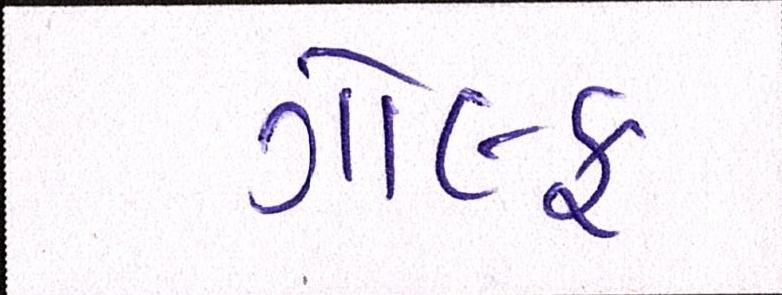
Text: ગોલ્ફ